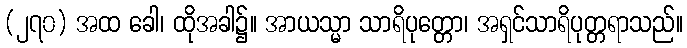
(၂၇၀) အထ ခေါ၊ ထိုအခါ၌။ အာယသ္မာ သာရိပုတ္တော၊ အရှင်သာရိပုတ္တရာသည်။